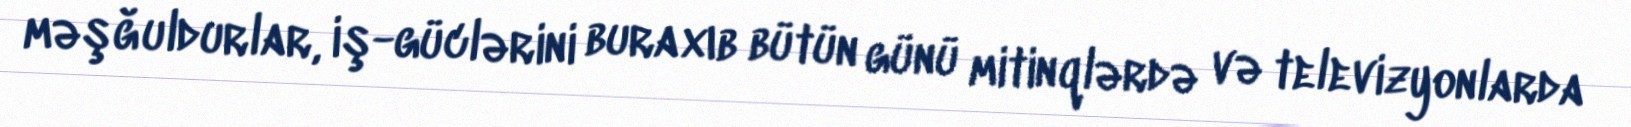
məşğuldurlar, iş-güclərini buraxıb bütün günü mitinqlərdə və televizyonlarda